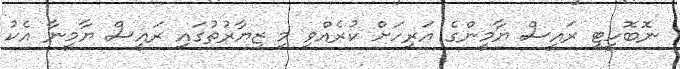
ނޮބޮހީޓީ ރައީސް ޔާމީންގެ އަރިހަށް ކުރެއްވި މި ޒިޔާރުތުގައި ރައީސް ޔާމީނާ އެކު